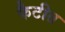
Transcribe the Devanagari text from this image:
फैटीत